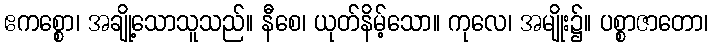
ဧကစ္စော၊ အချို့သောသူသည်။ နီစေ၊ ယုတ်နိမ့်သော။ ကုလေ၊ အမျိုး၌။ ပစ္စာဇာတော၊